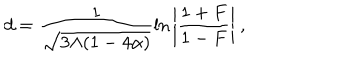
d = \frac { 1 } { \sqrt { 3 \Lambda ( 1 - 4 \alpha ) } } \ln { \left| \frac { 1 + F } { 1 - F } \right| } ~ ,